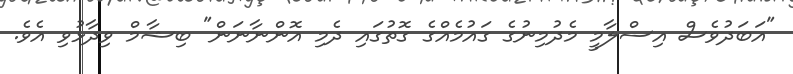
"އަބަދުވެސް އިސްލާމީ މެދުމިނުގެ ގައުމެއްގެ ގޮތުގައި ދެމި އޮންނާނަން" ބިޝާމް ވިދާޅުވި އެވެ.